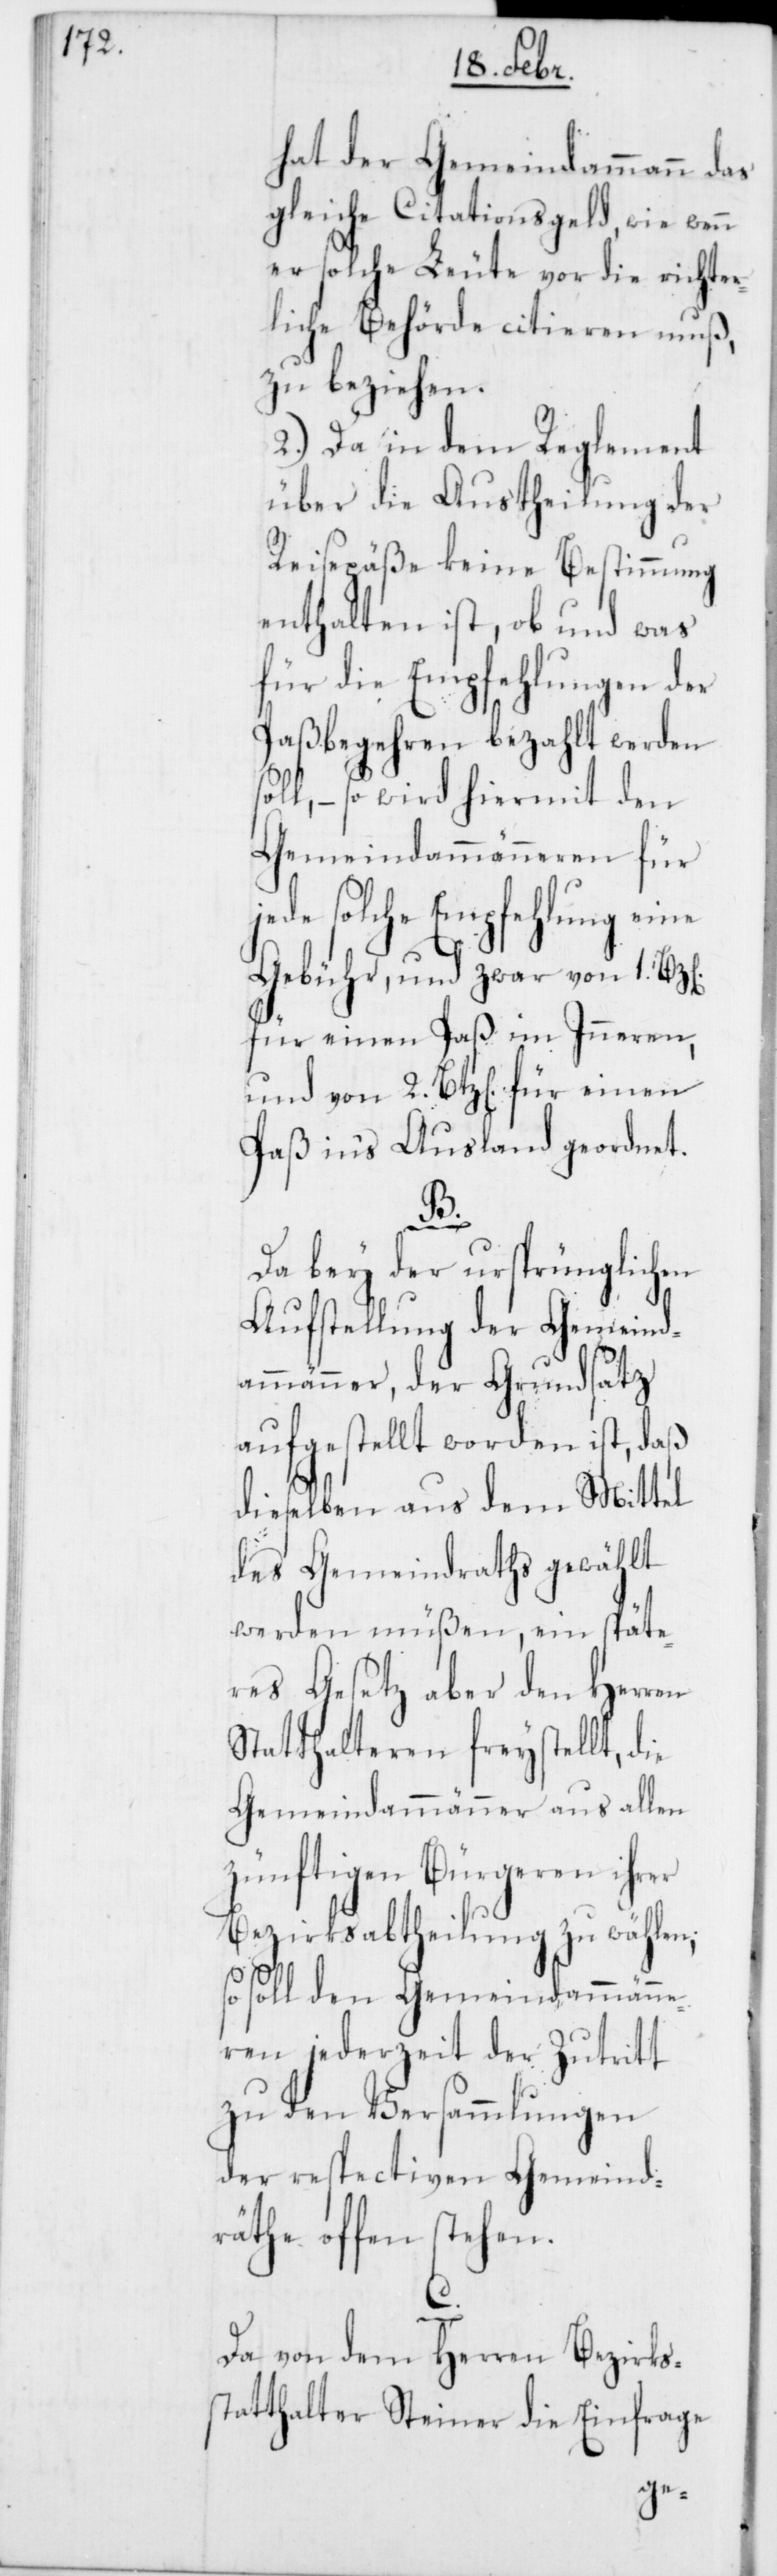
hat der Gemeindammann das
gleiche Citationsgeld, wie wenn
er solche Leute vor die richter¬
liche Behörde citieren muß,
zu beziehen.
2.) Da in dem Reglement
über die Austheilung der
Reisepäße keine Bestimmung
enthalten ist, ob und was
für die Empfehlungen der
Paßbegehren bezahlt werden
l, – so wird hiermit den
Gemeindammänneren für
de solche Empfehlung eine
Gebühr, und zwar von 1.
für einen Paß im Inneren,
und von 2. Btz[en]. für einen
Paß in‘s Ausland geordnet.
s¬
Da bey der ursprünglichen
Aufstellung der Gemeind¬
ammänner, der Grundsatz
aufgestellt worden ist, daß
dieselben aus dem Mittel
des Gemeindraths gewählt
werden müßen, ein späte¬
res Gesetz aber den Herren
Statthalteren freystellt, die
Gemeindammänner aus allen
zünftigen Bürgeren ihrer
Bezirksabtheilung zu wählen;
so soll den Gemeindammänne¬
ren jederzeit der Zutritt
zu den Versammlungen
der respectiven Gemeind¬
räthe offen stehen.
Da von dem Herren Bezirks¬
tatthalter Steiner die Einfrage